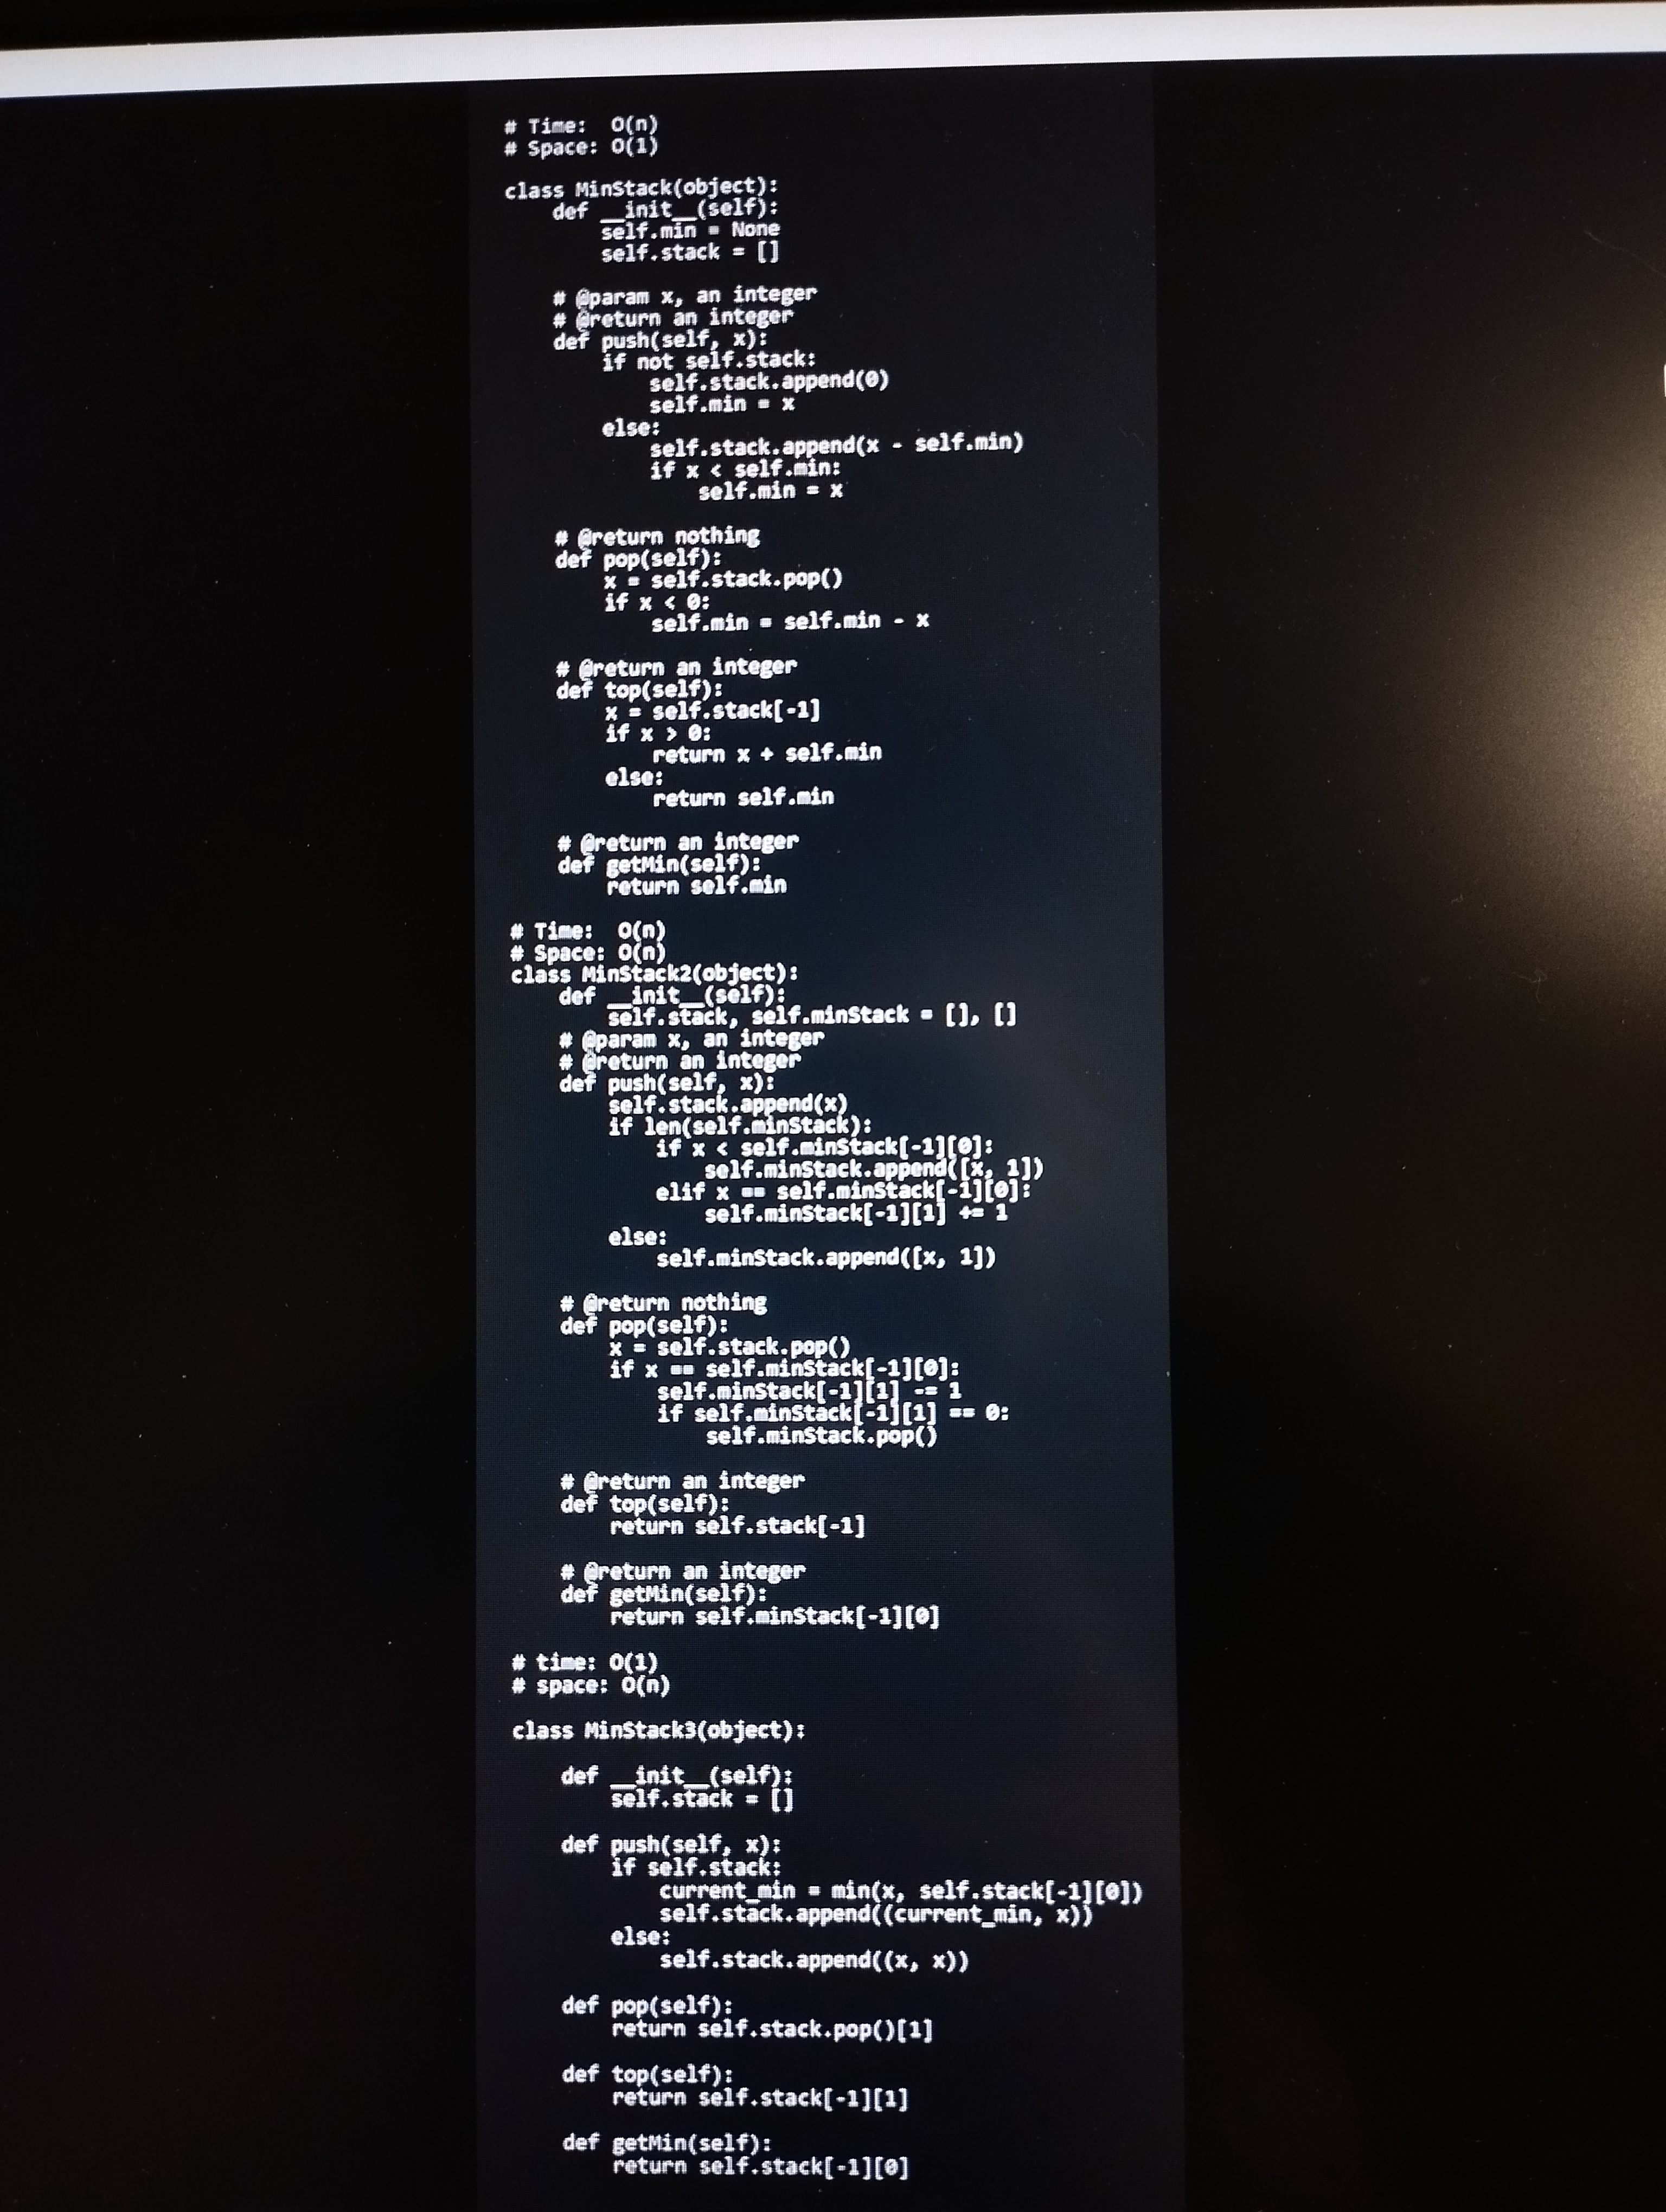
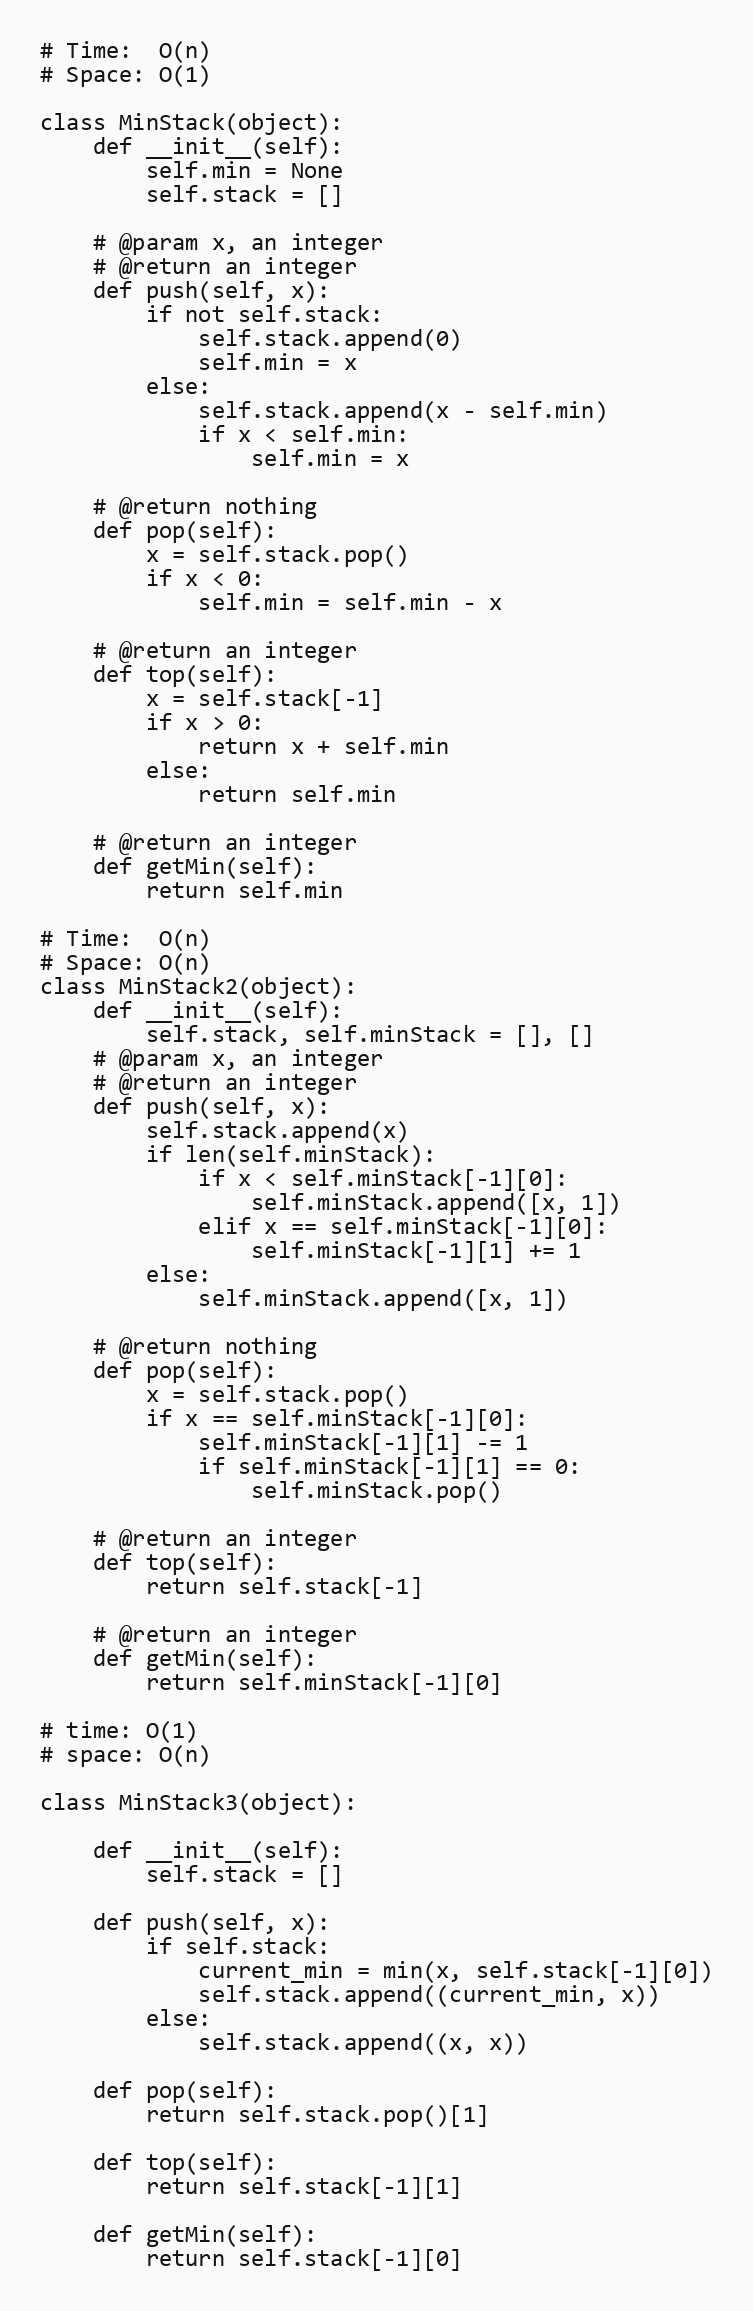
# Time:  O(n)
# Space: O(1)

class MinStack(object):
    def __init__(self):
        self.min = None
        self.stack = []

    # @param x, an integer
    # @return an integer
    def push(self, x):
        if not self.stack:
            self.stack.append(0)
            self.min = x
        else:
            self.stack.append(x - self.min)
            if x < self.min:
                self.min = x

    # @return nothing
    def pop(self):
        x = self.stack.pop()
        if x < 0:
            self.min = self.min - x

    # @return an integer
    def top(self):
        x = self.stack[-1]
        if x > 0:
            return x + self.min
        else:
            return self.min

    # @return an integer
    def getMin(self):
        return self.min

# Time:  O(n)
# Space: O(n)
class MinStack2(object):
    def __init__(self):
        self.stack, self.minStack = [], []
    # @param x, an integer
    # @return an integer
    def push(self, x):
        self.stack.append(x)
        if len(self.minStack):
            if x < self.minStack[-1][0]:
                self.minStack.append([x, 1])
            elif x == self.minStack[-1][0]:
                self.minStack[-1][1] += 1
        else:
            self.minStack.append([x, 1])

    # @return nothing
    def pop(self):
        x = self.stack.pop()
        if x == self.minStack[-1][0]:
            self.minStack[-1][1] -= 1
            if self.minStack[-1][1] == 0:
                self.minStack.pop()

    # @return an integer
    def top(self):
        return self.stack[-1]

    # @return an integer
    def getMin(self):
        return self.minStack[-1][0]

# time: O(1)
# space: O(n)

class MinStack3(object):

    def __init__(self):
        self.stack = []

    def push(self, x):
        if self.stack:
            current_min = min(x, self.stack[-1][0])
            self.stack.append((current_min, x))
        else:
            self.stack.append((x, x))

    def pop(self):
        return self.stack.pop()[1]

    def top(self):
        return self.stack[-1][1]

    def getMin(self):
        return self.stack[-1][0]